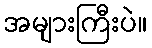
အများကြီးပဲ။